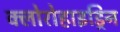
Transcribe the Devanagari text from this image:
क्लोरोहाइड्रिन